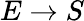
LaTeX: E\rightarrow S